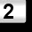
Digit: 2